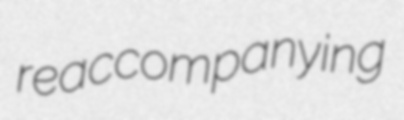
reaccompanying